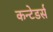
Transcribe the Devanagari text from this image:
कन्टेडर्स